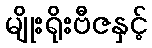
မျိုးရိုးဗီဇနှင့်